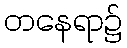
တနေရာ၌